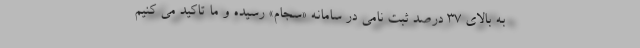
به بالای 37 درصد ثبت نامی در سامانه «سجام» رسیده و ما تاکید می کنیم